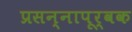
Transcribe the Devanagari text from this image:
प्रसन्नापूर्वक